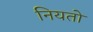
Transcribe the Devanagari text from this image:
नियतो